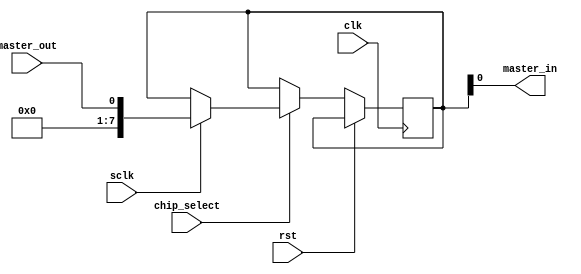
module spi_controller (
    input wire clk,
    input wire rst,
    input wire chip_select,
    input wire sclk,
    input wire master_out,
    output reg master_in
);

reg [7:0] data_out;
reg [7:0] data_in;

always @(posedge clk or posedge rst) begin
    if(rst) begin
        data_out <= 8'b0;
    end else begin
        if(chip_select) begin
            case(sclk)
                0: begin // Data transmission
                    // Implement data transmission protocol
                    // Handle data flow control
                    // Generate clock signals
                end
                1: begin // Data reception
                    // Implement data reception protocol
                    // Handle data flow control
                    // Generate clock signals
                    data_in <= master_out;
                end
            endcase
        end
    end
end

assign master_in = data_in;

endmodule